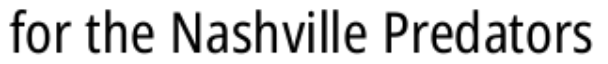
for the Nashville Predators